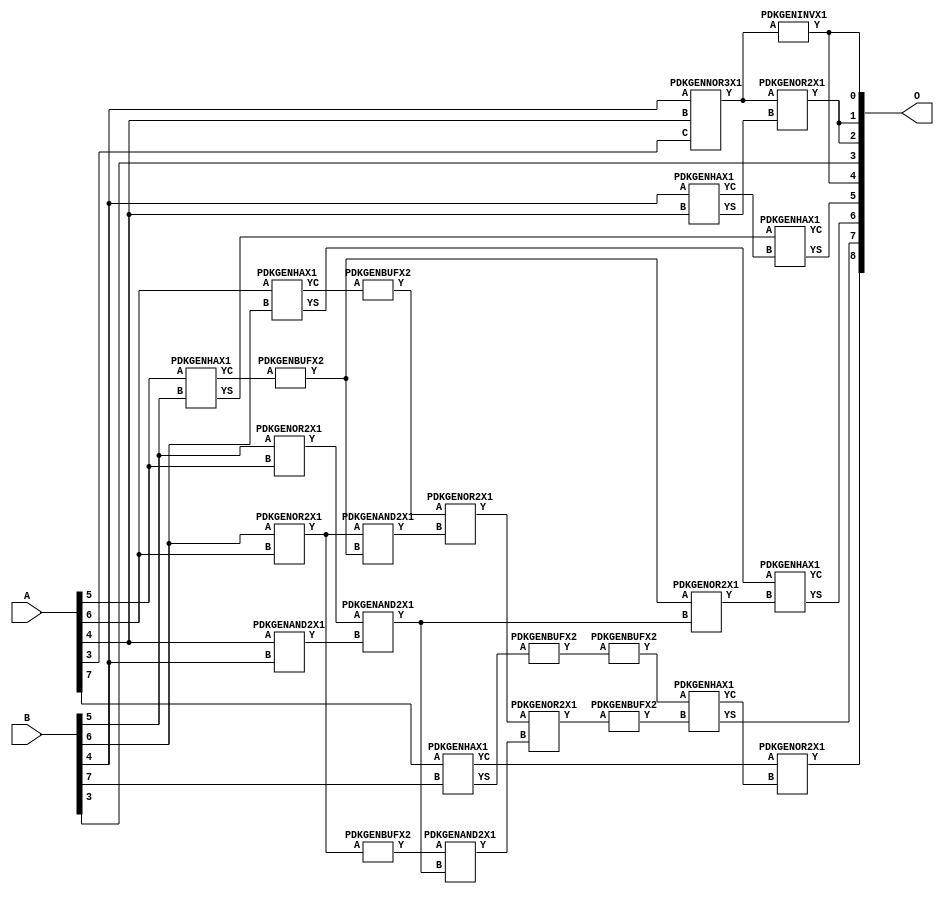
// Library = EvoApprox8b
// Circuit = add8_256
// Area   (180) = 1136
// Delay  (180) = 0.840
// Power  (180) = 331.00
// Area   (45) = 77
// Delay  (45) = 0.350
// Power  (45) = 26.46
// Nodes = 26
// HD = 188032
// MAE = 5.02344
// MSE = 40.12500
// MRE = 2.65 %
// WCE = 17
// WCRE = 600 %
// EP = 93.2 %

module add8_256(A, B, O);
  input [7:0] A;
  input [7:0] B;
  output [8:0] O;
  wire [2031:0] N;

  assign N[0] = A[0];
  assign N[1] = A[0];
  assign N[2] = A[1];
  assign N[3] = A[1];
  assign N[4] = A[2];
  assign N[5] = A[2];
  assign N[6] = A[3];
  assign N[7] = A[3];
  assign N[8] = A[4];
  assign N[9] = A[4];
  assign N[10] = A[5];
  assign N[11] = A[5];
  assign N[12] = A[6];
  assign N[13] = A[6];
  assign N[14] = A[7];
  assign N[15] = A[7];
  assign N[16] = B[0];
  assign N[17] = B[0];
  assign N[18] = B[1];
  assign N[19] = B[1];
  assign N[20] = B[2];
  assign N[21] = B[2];
  assign N[22] = B[3];
  assign N[23] = B[3];
  assign N[24] = B[4];
  assign N[25] = B[4];
  assign N[26] = B[5];
  assign N[27] = B[5];
  assign N[28] = B[6];
  assign N[29] = B[6];
  assign N[30] = B[7];
  assign N[31] = B[7];

  PDKGENOR2X1 n42(.A(N[28]), .B(N[12]), .Y(N[42]));
  assign N[43] = N[42];
  PDKGENNOR3X1 n48(.A(N[24]), .B(N[8]), .C(N[6]), .Y(N[48]));
  assign N[49] = N[48];
  PDKGENAND2X1 n68(.A(N[8]), .B(N[24]), .Y(N[68]));
  assign N[69] = N[68];
  PDKGENHAX1 n72(.A(N[24]), .B(N[8]), .YS(N[72]), .YC(N[73]));
  PDKGENHAX1 n78(.A(N[10]), .B(N[26]), .YS(N[78]), .YC(N[79]));
  PDKGENBUFX2 n80(.A(N[79]), .Y(N[80]));
  assign N[81] = N[80];
  PDKGENHAX1 n86(.A(N[12]), .B(N[28]), .YS(N[86]), .YC(N[87]));
  PDKGENHAX1 n96(.A(N[14]), .B(N[30]), .YS(N[96]), .YC(N[97]));
  PDKGENOR2X1 n134(.A(N[26]), .B(N[10]), .Y(N[134]));
  PDKGENBUFX2 n142(.A(N[87]), .Y(N[142]));
  PDKGENAND2X1 n162(.A(N[42]), .B(N[81]), .Y(N[162]));
  PDKGENBUFX2 n164(.A(N[96]), .Y(N[164]));
  assign N[165] = N[164];
  PDKGENBUFX2 n170(.A(N[43]), .Y(N[170]));
  assign N[171] = N[170];
  PDKGENINVX1 n176(.A(N[49]), .Y(N[176]));
  assign N[177] = N[176];
  PDKGENOR2X1 n180(.A(N[142]), .B(N[162]), .Y(N[180]));
  PDKGENAND2X1 n226(.A(N[134]), .B(N[69]), .Y(N[226]));
  PDKGENOR2X1 n244(.A(N[81]), .B(N[226]), .Y(N[244]));
  assign N[245] = N[244];
  PDKGENAND2X1 n254(.A(N[171]), .B(N[226]), .Y(N[254]));
  PDKGENOR2X1 n272(.A(N[180]), .B(N[254]), .Y(N[272]));
  PDKGENOR2X1 n344(.A(N[48]), .B(N[72]), .Y(N[344]));
  assign N[345] = N[344];
  PDKGENBUFX2 n348(.A(N[272]), .Y(N[348]));
  PDKGENBUFX2 n376(.A(N[165]), .Y(N[376]));
  assign N[377] = N[376];
  PDKGENHAX1 n394(.A(N[78]), .B(N[73]), .YS(N[394]), .YC(N[395]));
  PDKGENHAX1 n404(.A(N[86]), .B(N[245]), .YS(N[404]), .YC(N[405]));
  PDKGENHAX1 n412(.A(N[377]), .B(N[348]), .YS(N[412]), .YC(N[413]));
  PDKGENOR2X1 n422(.A(N[97]), .B(N[413]), .Y(N[422]));

  assign O[0] = N[177];
  assign O[1] = N[345];
  assign O[2] = N[344];
  assign O[3] = N[22];
  assign O[4] = N[177];
  assign O[5] = N[394];
  assign O[6] = N[404];
  assign O[7] = N[412];
  assign O[8] = N[422];

endmodule
/* mod */
module PDKGENHAX1( input A, input B, output YS, output YC );
    assign YS = A ^ B;
    assign YC = A & B;
endmodule
/* mod */
module PDKGENOR2X1(input A, input B, output Y );
     assign Y = A | B;
endmodule
/* mod */
module PDKGENAND2X1(input A, input B, output Y );
     assign Y = A & B;
endmodule
/* mod */
module PDKGENINVX1(input A, output Y );
     assign Y = ~A;
endmodule
/* mod */
module PDKGENNOR3X1(input A, input B, input C, output Y );
     assign Y = ~((A | B) | C);
endmodule
/* mod */
module PDKGENBUFX2(input A, output Y );
     assign Y = A;
endmodule